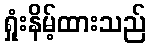
ရှုံးနိမ့်ထားသည်